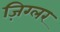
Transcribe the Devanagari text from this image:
ज़िग्लर